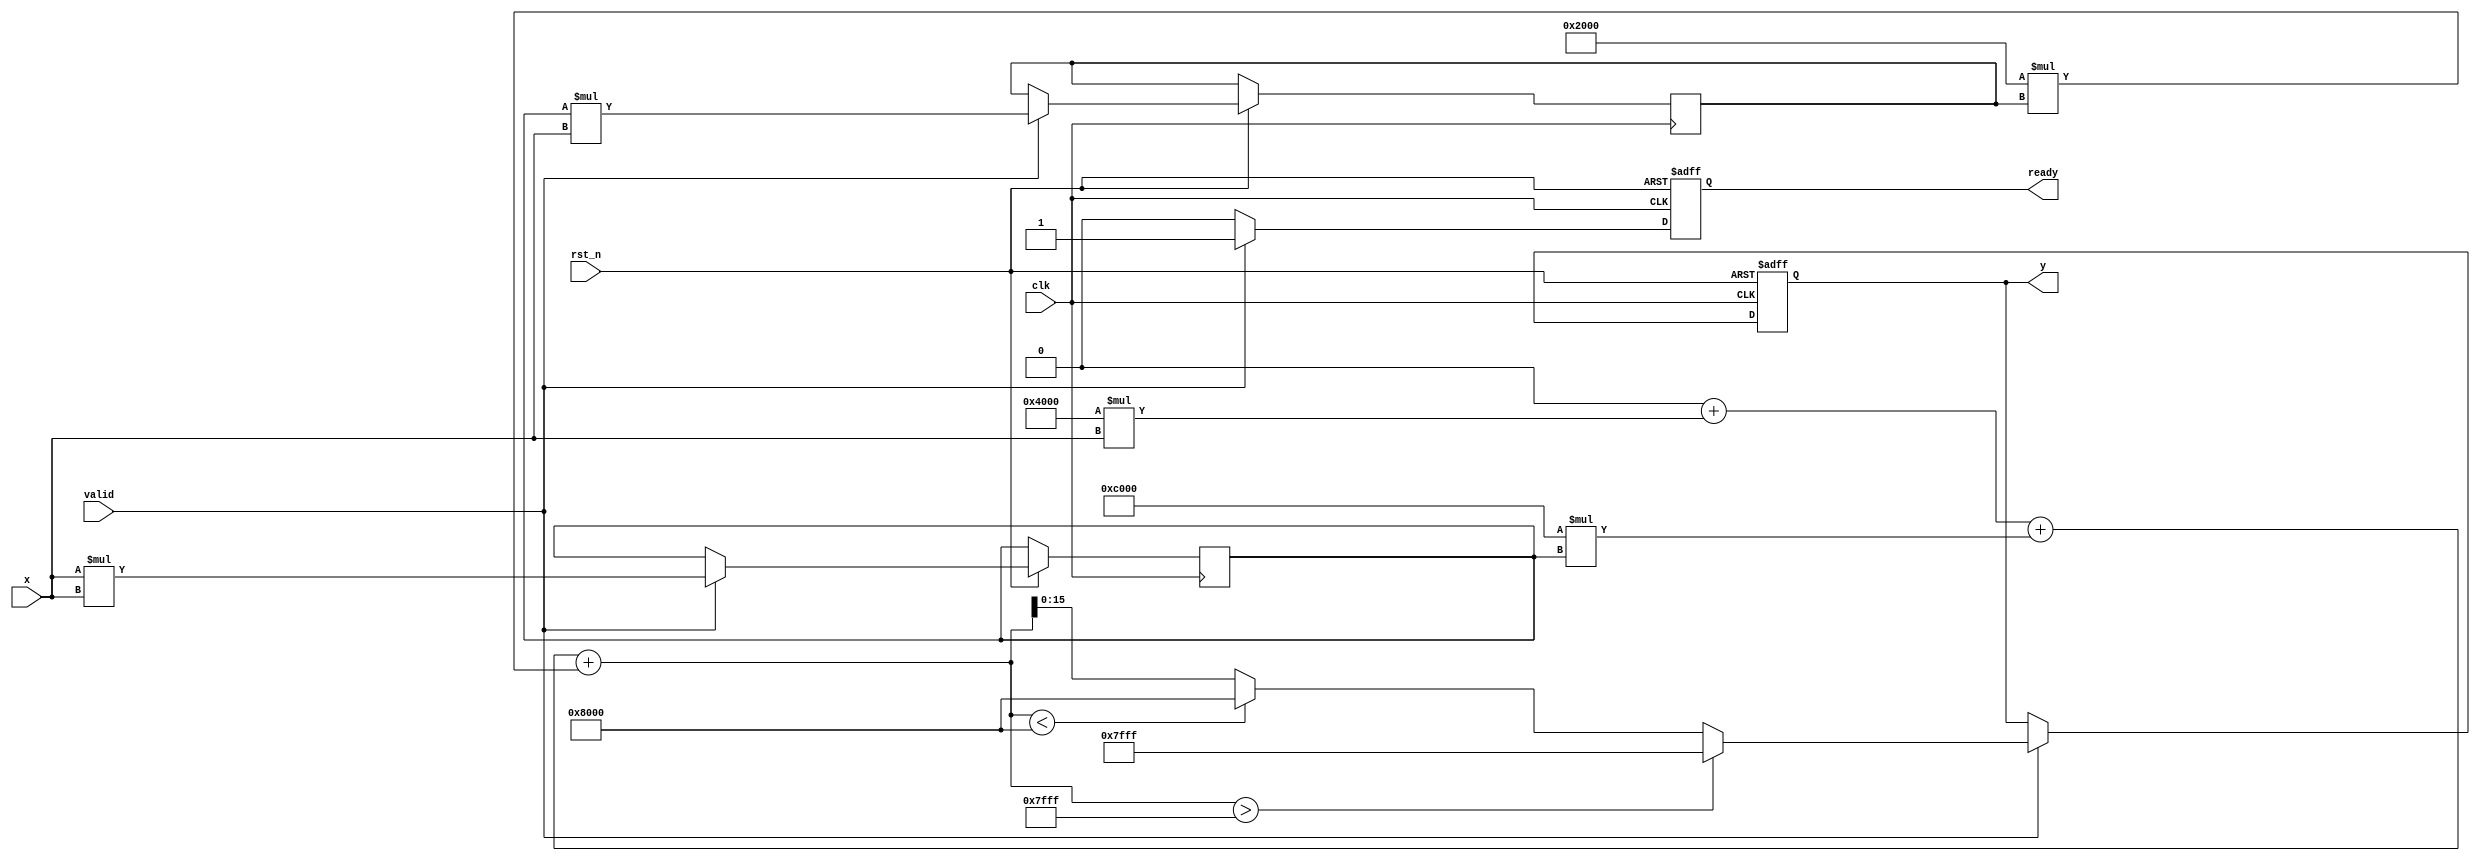
module tanh_approximation (
    input wire clk,
    input wire rst_n,
    input wire [15:0] x, // Fixed-point input (16-bit)
    input wire valid,     // Input valid signal
    output reg [15:0] y,  // Fixed-point output (16-bit)
    output reg ready      // Output ready signal
);

    // Parameters
    parameter WIDTH = 16; // Bit-width for inputs and outputs
    parameter MAX_OUTPUT = 16'h7FFF; // Maximum output value (1.0 in fixed-point)
    parameter MIN_OUTPUT = 16'h8000; // Minimum output value (-1.0 in fixed-point)

    // Polynomial coefficients for tanh approximation (example coefficients)
    parameter [15:0] A0 = 16'h0000; // Coefficient for x^0
    parameter [15:0] A1 = 16'h4000; // Coefficient for x^1 (1.0)
    parameter [15:0] A2 = 16'hC000; // Coefficient for x^2 (-0.5)
    parameter [15:0] A3 = 16'h2000; // Coefficient for x^3 (0.1667)
    parameter [15:0] A4 = 16'h0000; // Coefficient for x^4 (0)

    // Intermediate variables
    reg [2*WIDTH-1:0] x_squared;
    reg [2*WIDTH-1:0] x_cubed;
    reg [2*WIDTH-1:0] polynomial_result;

    // Control logic
    always @(posedge clk or negedge rst_n) begin
        if (!rst_n) begin
            y <= 16'h0000;
            ready <= 1'b0;
        end else if (valid) begin
            // Compute x^2 and x^3
            x_squared <= x * x;
            x_cubed <= x_squared * x;

            // Polynomial approximation: tanh(x)  x + (A2 * x^2) + (A3 * x^3)
            polynomial_result = (A0 + (A1 * x)) + (A2 * x_squared) + (A3 * x_cubed);
            
            // Clamping the output to the range [-1, 1]
            if (polynomial_result > MAX_OUTPUT) begin
                y <= MAX_OUTPUT;
            end else if (polynomial_result < MIN_OUTPUT) begin
                y <= MIN_OUTPUT;
            end else begin
                y <= polynomial_result[WIDTH-1:0]; // Take the lower WIDTH bits
            end
            
            ready <= 1'b1; // Indicate output is ready
        end else begin
            ready <= 1'b0; // Reset ready signal if not valid
        end
    end

endmodule